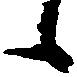
候